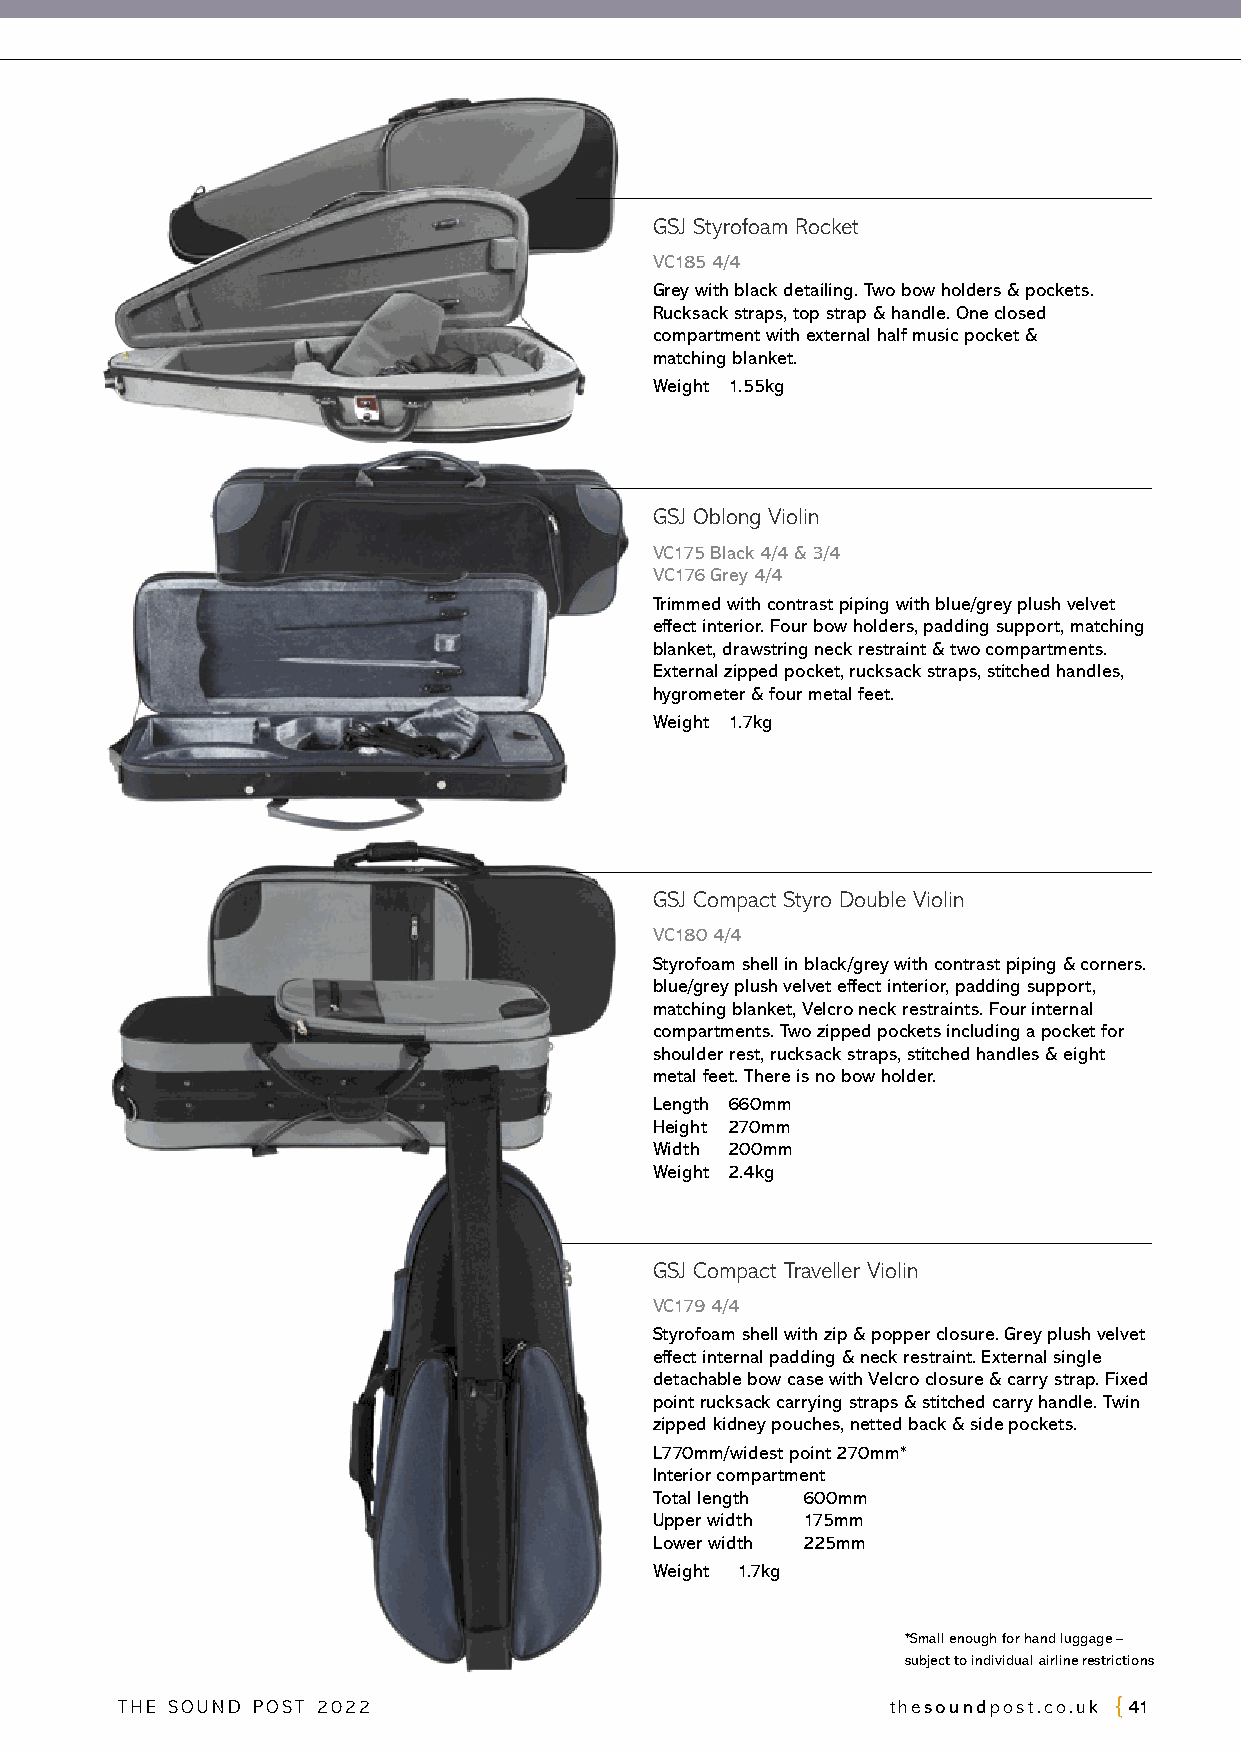
GSJ Styrofoam Rocket
 VC185 4/4
 Grey with black detailing. Two bow holders & pockets.
 Rucksack straps, top strap & handle. One closed
 compartment with external half music pocket &
 matching blanket.
 Weight 1.55kg
 GSJ Oblong Violin
 VC175 Black 4/4 & 3/4
 VC176 Grey 4/4
 Trimmed with contrast piping with blue/grey plush velvet
 effect interior. Four bow holders, padding support, matching
 blanket, drawstring neck restraint & two compartments.
 External zipped pocket, rucksack straps, stitched handles,
 hygrometer & four metal feet.
 Weight 1.7kg
 GSJ Compact Styro Double Violin
 VC180 4/4
 Styrofoam shell in black/grey with contrast piping & corners.
 blue/grey plush velvet effect interior, padding support,
 matching blanket, Velcro neck restraints. Four internal
 compartments. Two zipped pockets including a pocket for
 shoulder rest, rucksack straps, stitched handles & eight
 metal feet. There is no bow holder.
 Length 660mm
 Height 270mm
 Width 200mm
 Weight 2.4kg
 GSJ Compact Traveller Violin
 VC179 4/4
 Styrofoam shell with zip & popper closure. Grey plush velvet
 effect internal padding & neck restraint. External single
 detachable bow case with Velcro closure & carry strap. Fixed
 point rucksack carrying straps & stitched carry handle. Twin
 zipped kidney pouches, netted back & side pockets.
 L770mm/widest point 270mm*
 Interior compartment
 Total length 600mm
 Upper width 175mm
 Lower width 225mm
 Weight 1.7kg
 *Small enough for hand luggage –
 subject to individual airline restrictions
 THE SOUND POST 2022                                thesoundpost.co.uk 41